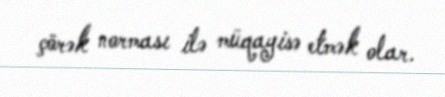
çörək norması ilə müqayisə etmək olar.